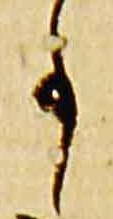
事